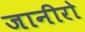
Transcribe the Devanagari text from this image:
जानीरो